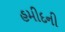
હમીદની